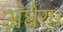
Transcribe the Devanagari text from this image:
अंधेरा।